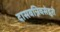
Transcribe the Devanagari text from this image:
दासवन्निवसेद्गुरो